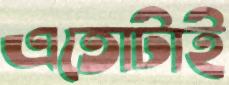
এতোটাই